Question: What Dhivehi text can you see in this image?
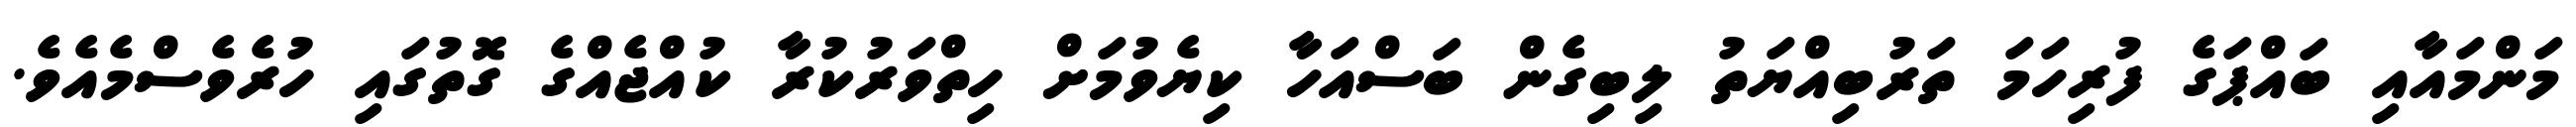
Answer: މަންމައާއި ބައްޕަގެ ފުރިހަމަ ތަރުބިއްޔަތު ލިބިގެން ބަސްއަހާ ކިޔެވުމަށް ހިތްވަރުކުރާ ކުއްޖެއްގެ ގޮތުގައި ހުރެވެސްމެއެވެ.